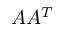
A A ^ { T }